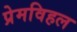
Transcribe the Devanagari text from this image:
प्रेमविहल